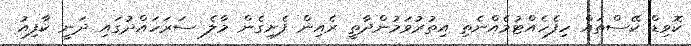
ކޮވިޑް ކޭސްތައް ހިފެހެއްޓުމެއްނެތި އިތުރުވަމުންދާތީ ރެއިން ފެށިގެން މާލެ ސަރަހައްދުގައި ދަނީ ކާފިއު